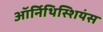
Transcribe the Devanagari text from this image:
ऑर्निथिस्शियंस